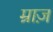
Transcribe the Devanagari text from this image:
म्राज़